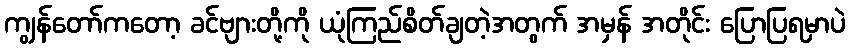
ကျွန်တော်ကတော့ ခင်ဗျားတို့ကို ယုံကြည်စိတ်ချတဲ့အတွက် အမှန် အတိုင်း ပြောပြရမှာပဲ